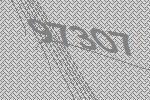
97307